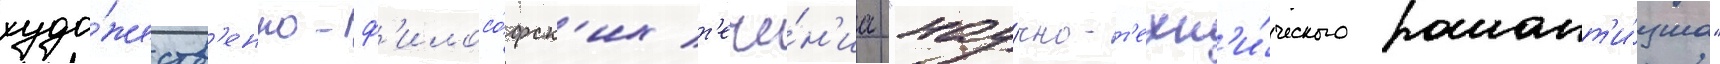
худо́жеств'енно-ф'илосо́фск'их т'ече́н'иа "нау́чно-т'ехн'и́ческого романт'и́зма"